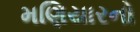
મણિયારનો